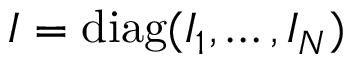
\boldsymbol { I } = \mathrm { d i a g } ( I _ { 1 } , \dots , I _ { N } )